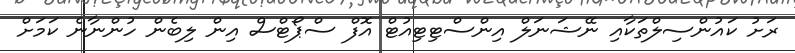
ރަށު ކައުންސިލްތަކާއި ނޭޝަނަލް އިންސްޓިޓިއުޓް އޮފް ސްޕޯޓްސް އިން ލިބެން ހުންނާނެ ކަމަށް